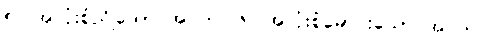
၅။ အလုံးစုံညိုသော အဝတ်၊ ၆။ အလုံးစုံမောင်းသော အဝတ်၊